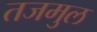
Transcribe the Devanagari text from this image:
तजमुल